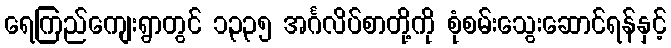
ရေကြည်ကျေးရွာတွင် ၁,၃၃၅ အင်္ဂလိပ်စာတို့ကို စုံစမ်းသွေးဆောင်ရန်နှင့်